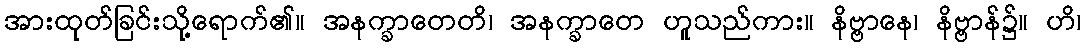
အားထုတ်ခြင်းသို့ရောက်၏။ အနက္ခာတေတိ၊ အနက္ခာတေ ဟူသည်ကား။ နိဗ္ဗာနေ၊ နိဗ္ဗာန်၌။ ဟိ၊